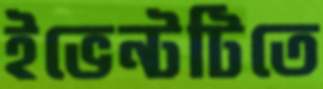
ইভেন্টটিতে